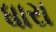
ધારા